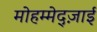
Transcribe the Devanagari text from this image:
मोहम्मेद्ज़ाई